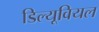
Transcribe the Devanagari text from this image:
डिल्यूवियल